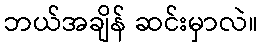
ဘယ်အချိန် ဆင်းမှာလဲ။